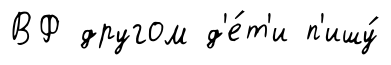
ВФ другом д'е́т'и п'ишу́